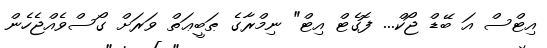
އިޓްސް އަ ބޭޑް ޖޯކް... ފޮގެޓް އިޓް" ނިމްރާގެ ޠަބީޢަތް ވަރަށް ގޯސްވެއްޖެހެން